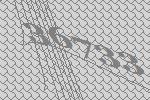
36733